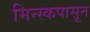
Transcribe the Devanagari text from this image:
मिन्स्कपासून